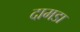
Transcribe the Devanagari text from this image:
दामडा